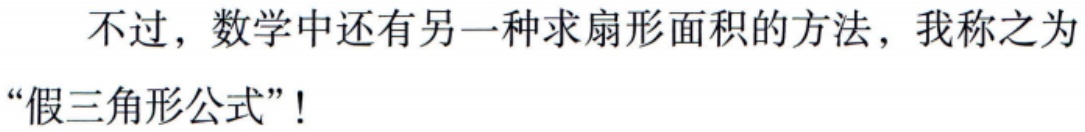
不过，数学中还有另一种求扇形面积的方法，我称之为“假三角形公式”!